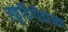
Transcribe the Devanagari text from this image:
स्फूर्तिगीतांच्या